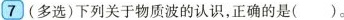
7 (多选)下列关于物质波的认识，正确的是( )。